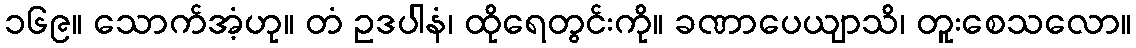
၁၆၉။ သောက်အံ့ဟု။ တံ ဥဒပါနံ၊ ထိုရေတွင်းကို။ ခဏာပေယျာသိ၊ တူးစေသလော။